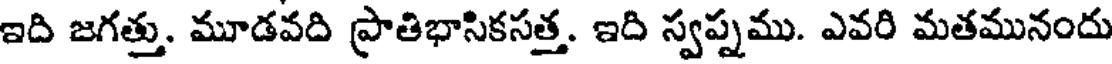
ఇది జగత్తు. మూడవది ప్రాతిభాసికసత్త. ఇది స్వప్నము. ఎవరి మతమునందు